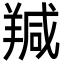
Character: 羬